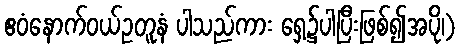
ဧဝံနောက်ဝယ်ဥတူနံ ပါသည်ကား ရှေ့၌ပါပြီးဖြစ်၍အပို၊)